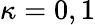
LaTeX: \kappa=0,1